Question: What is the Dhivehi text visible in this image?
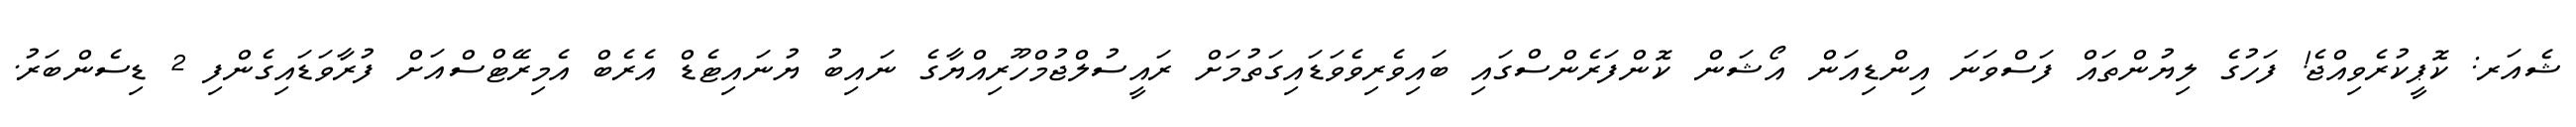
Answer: ޝެއަރ: ކޮޕީކުރެވިއްޖެ! ފަހުގެ ލިޔުންތައް ފަސްވަނަ އިންޑިއަން އޯޝަން ކޮންފަރެންސްގައި ބައިވެރިވެވަޑައިގަތުމަށް ރައީސުލްޖުމްހޫރިއްޔާގެ ނައިބު ޔުނައިޓެޑް އެރެބް އެމިރޭޓްސްއަށް ފުރާވަޑައިގެންފި 2 ޑިސެންބަރު.